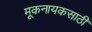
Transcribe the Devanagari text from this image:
मूकनायकसाठी